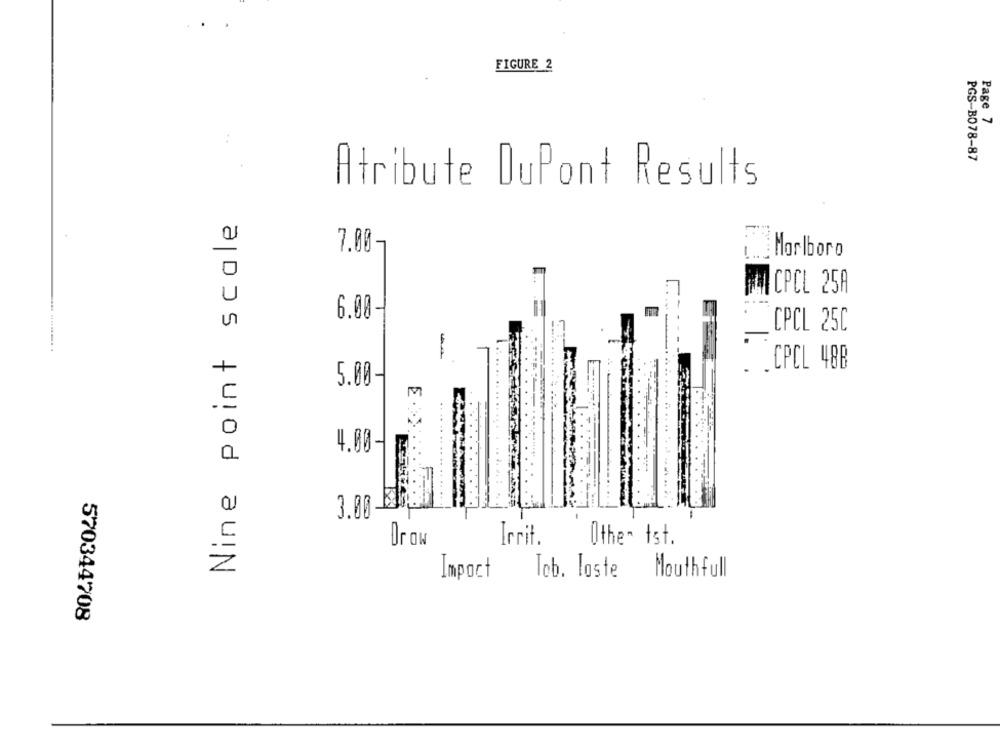
FIGURE 2
Page 7
PGS-B078-87
Atribute DuPont Results
Nine point scale
7.00
... . Marlboro
WACPCL 25A
6.00-
CPCL 25C
. . CPCL 48B
5.00-
4.00-
3.00
Or aw
Irrit.
Other Ist.
Import
Teb. loste
Mouthfull
570344708